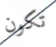
تكون